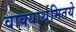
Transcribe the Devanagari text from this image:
वाक्यार्थमितये